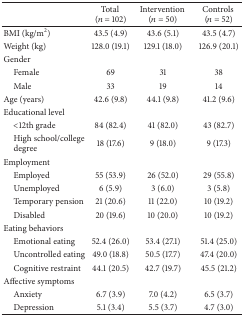
<table><thead><tr><td><b> </b></td><td><b>Total (<i>n</i> = 102)</b></td><td><b>Intervention (<i>n</i> = 50)</b></td><td><b>Controls (<i>n</i> = 52)</b></td></tr></thead><tbody><tr><td>BMI (kg/m<sup>2</sup>)</td><td>43.5 (4.9)</td><td>43.6 (5.1)</td><td>43.5 (4.7)</td></tr><tr><td>Weight (kg)</td><td>128.0 (19.1)</td><td>129.1 (18.0)</td><td>126.9 (20.1)</td></tr><tr><td>Gender</td><td> </td><td> </td><td> </td></tr><tr><td> Female</td><td>69</td><td>31 </td><td>38</td></tr><tr><td> Male</td><td>33</td><td>19</td><td>14</td></tr><tr><td>Age (years)</td><td>42.6 (9.8)</td><td>44.1 (9.8)</td><td>41.2 (9.6)</td></tr><tr><td>Educational level</td><td> </td><td> </td><td> </td></tr><tr><td> &lt;12th grade</td><td>84 (82.4)</td><td>41 (82.0)</td><td>43 (82.7)</td></tr><tr><td> High school/college degree</td><td>18 (17.6)</td><td>9 (18.0)</td><td>9 (17.3)</td></tr><tr><td>Employment</td><td> </td><td> </td><td> </td></tr><tr><td> Employed</td><td>55 (53.9)</td><td>26 (52.0)</td><td>29 (55.8)</td></tr><tr><td> Unemployed</td><td>6 (5.9)</td><td>3 (6.0)</td><td>3 (5.8)</td></tr><tr><td> Temporary pension</td><td>21 (20.6)</td><td>11 (22.0)</td><td>10 (19.2)</td></tr><tr><td> Disabled </td><td>20 (19.6)</td><td>10 (20.0)</td><td>10 (19.2)</td></tr><tr><td>Eating behaviors</td><td> </td><td> </td><td> </td></tr><tr><td> Emotional eating</td><td>52.4 (26.0)</td><td>53.4 (27.1)</td><td>51.4 (25.0)</td></tr><tr><td> Uncontrolled eating</td><td>49.0 (18.8)</td><td>50.5 (17.7)</td><td>47.4 (20.0)</td></tr><tr><td> Cognitive restraint</td><td>44.1 (20.5)</td><td>42.7 (19.7)</td><td>45.5 (21.2)</td></tr><tr><td>Affective symptoms</td><td> </td><td> </td><td> </td></tr><tr><td> Anxiety</td><td>6.7 (3.9)</td><td>7.0 (4.2)</td><td>6.5 (3.7)</td></tr><tr><td> Depression</td><td>5.1 (3.4)</td><td>5.5 (3.7)</td><td>4.7 (3.0)</td></tr></tbody></table>